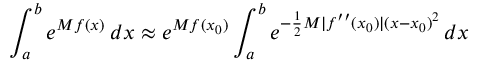
\int _ { a } ^ { b } e ^ { M f ( x ) } \, d x \approx e ^ { M f ( x _ { 0 } ) } \int _ { a } ^ { b } e ^ { - { \frac { 1 } { 2 } } M | f ^ { \prime \prime } ( x _ { 0 } ) | ( x - x _ { 0 } ) ^ { 2 } } \, d x